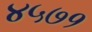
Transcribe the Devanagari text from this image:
४५७१